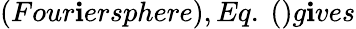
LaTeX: (Four\mathbf{i}ersphere),Eq.\ ()g\mathbf{i}ves